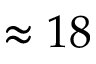
\approx 1 8